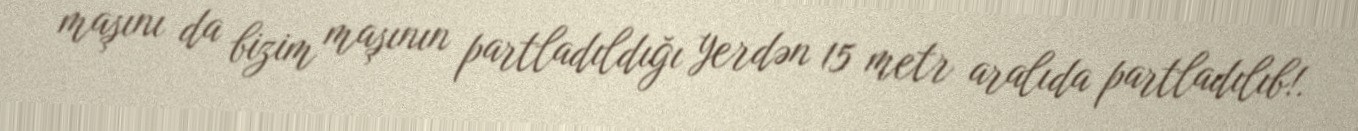
maşını da bizim maşının partladıldığı yerdən 15 metr aralıda partladılıb!.